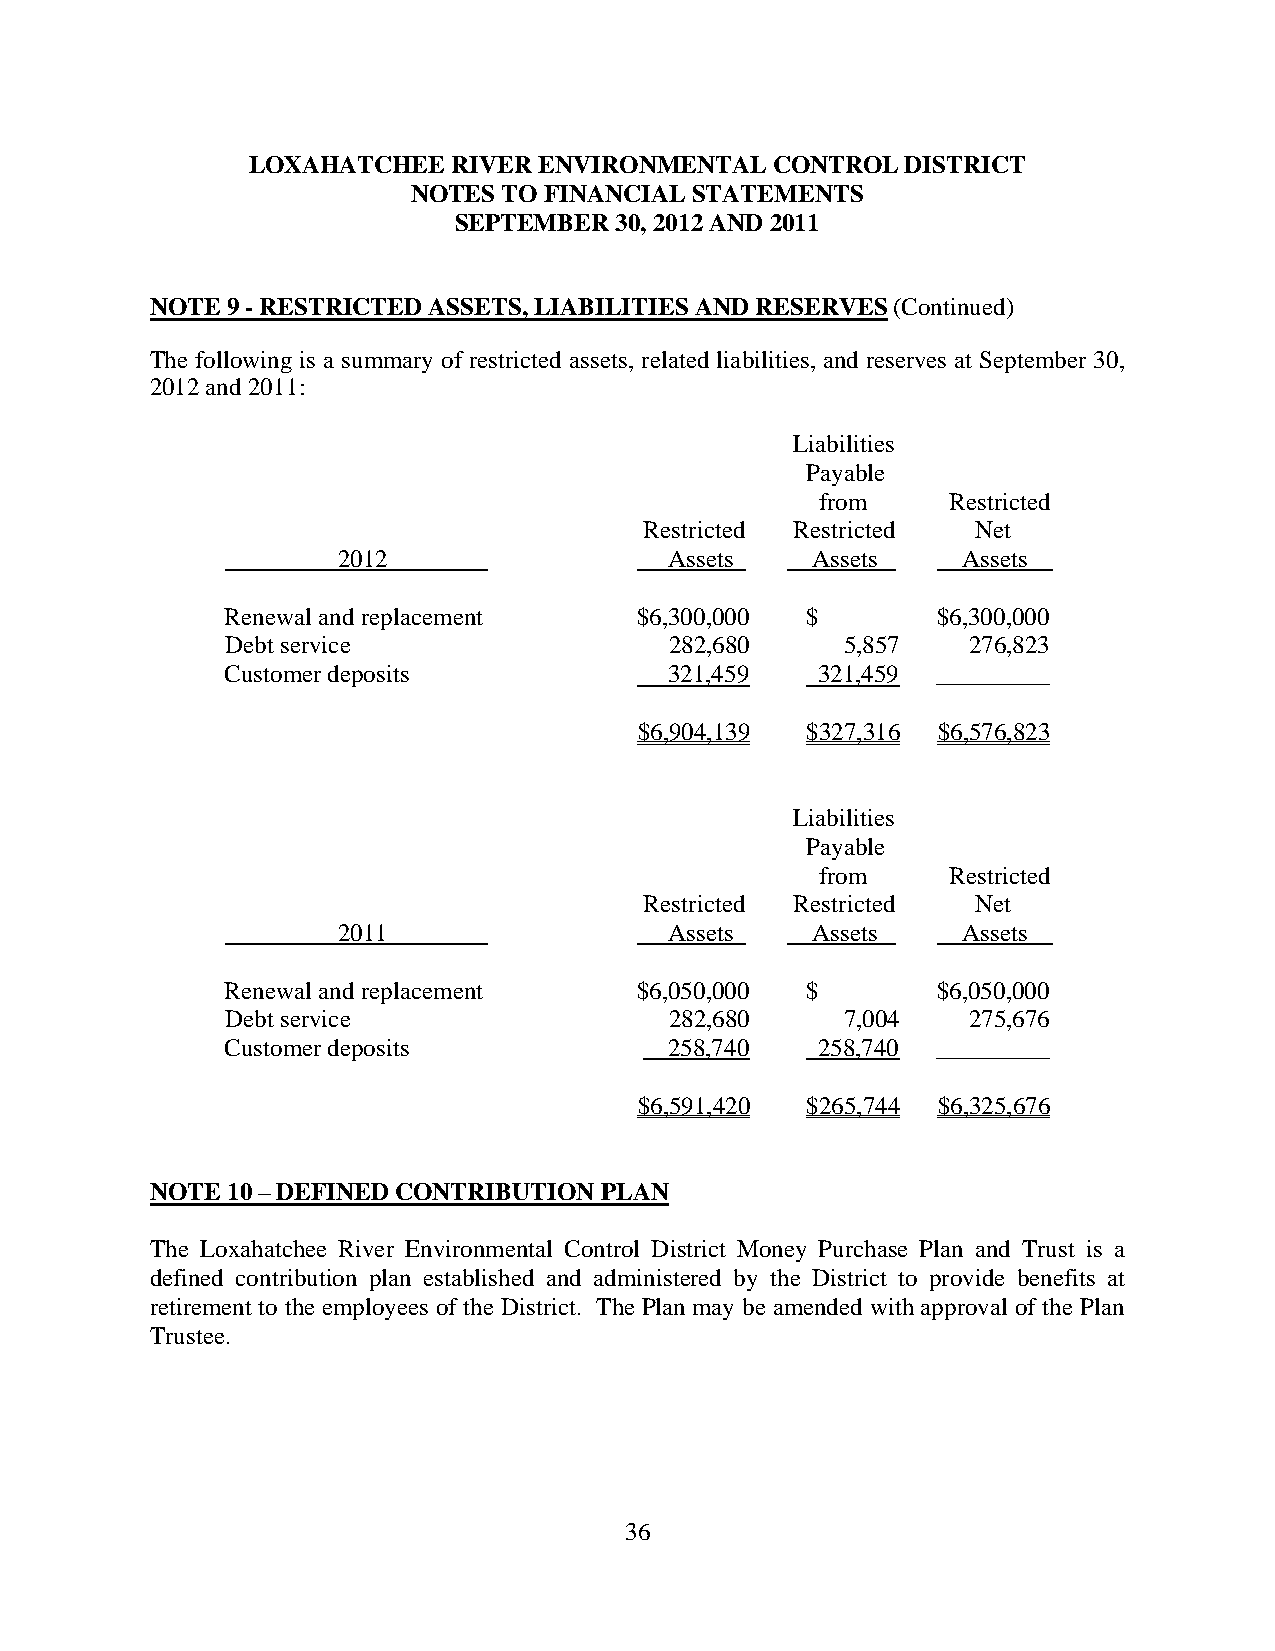
LOXAHATCHEE   RIVER ENVIRONMENTAL  CONTROL  DISTRICT
 NOTES TO FINANCIAL STATEMENTS
 SEPTEMBER  30, 2012 AND 2011
 NOTE 9 - RESTRICTED ASSETS, LIABILITIES AND RESERVES (Continued)
 The following is a summary of restricted assets, related liabilities, and reserves at September 30,
 2012 and 2011:
 Liabilities
 Payable
 from     Restricted
 Restricted Restricted Net
 2012                  Assets    Assets    Assets
 Renewal and replacement    $6,300,000 $        $6,300,000
 Debt service                 282,680     5,857   276,823
 Customer deposits            321,459   321,459 _________
 $6,904,139 $327,316 $6,576,823
 Liabilities
 Payable
 from     Restricted
 Restricted Restricted Net
 2011                  Assets    Assets    Assets
 Renewal and replacement    $6,050,000 $        $6,050,000
 Debt service                 282,680     7,004   275,676
 Customer deposits            258,740   258,740 _________
 $6,591,420 $265,744 $6,325,676
 NOTE 10 – DEFINED CONTRIBUTION PLAN
 The Loxahatchee River Environmental Control District Money Purchase Plan and Trust is a
 defined contribution plan established and administered by the District to provide benefits at
 retirement to the employees of the District. The Plan may be amended with approval of the Plan
 Trustee.
 36